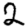
Digit: 2